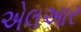
એલઆર